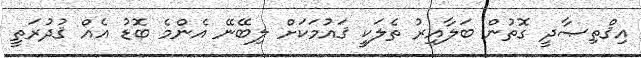
އިޤްތިޞާދީ ގޮތުން ބަލާއިރު ތެލަކީ ޤައުމަކަށް ލިބޭނޭ އެންމެ ބޮޑު އެއް ޤުދުރަތީ